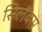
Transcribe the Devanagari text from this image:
सिलॅबस